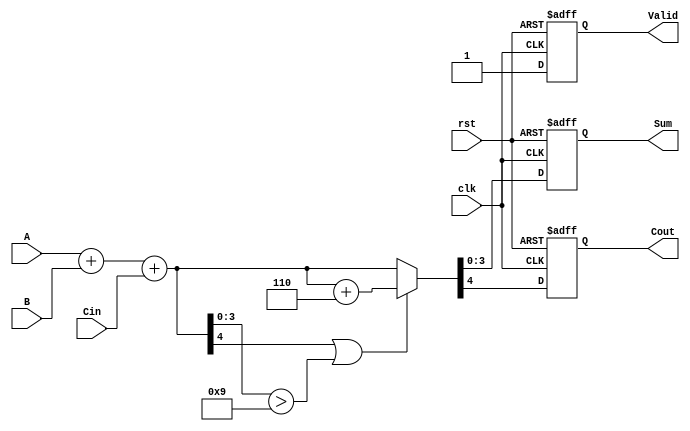
module BCD_Synchronous_Adder (
    input wire [3:0] A,         // First BCD digit
    input wire [3:0] B,         // Second BCD digit
    input wire Cin,             // Carry input
    input wire clk,             // Clock signal
    input wire rst,             // Reset signal
    output reg [3:0] Sum,       // Resulting BCD digit
    output reg Cout,            // Carry output
    output reg Valid            // Valid BCD output signal
);
    reg [4:0] Temp_Sum;         // Temporary sum (5 bits)

    always @(posedge clk or posedge rst) begin
        if (rst) begin
            Sum <= 4'b0000;
            Cout <= 1'b0;
            Valid <= 1'b0;
        end else begin
            // Step 1: Binary addition of A, B, and Cin
            Temp_Sum = A + B + Cin;

            // Step 2: BCD Correction
            if (Temp_Sum[4] || (Temp_Sum[3:0] > 4'b1001)) begin
                // If correction is needed
                Temp_Sum = Temp_Sum + 5'b00110; // Add 6 to correct
            end

            // Assign output
            Sum <= Temp_Sum[3:0]; // Assign the lower 4 bits to Sum
            Cout <= Temp_Sum[4];  // Carry out is the MSB of Temp_Sum
            Valid <= 1'b1;        // Output is valid as it is corrected
        end
    end
endmodule